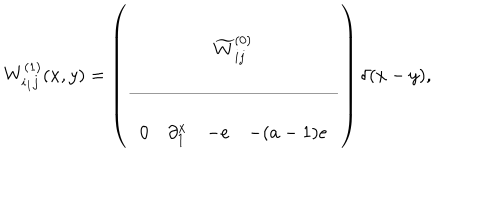
LaTeX: W _ { i _ { 1 } j } ^ { ( 1 ) } ( x , y ) = \left( \begin{array} { c c } { { \widetilde { W } _ { i j } ^ { ( 0 ) } } } \\ \hline { { } } \\ { { \begin{array} { c c c c c } { { 0 } } & { { \partial _ { 1 } ^ { x } } } & { { - e } } & { { - ( a - 1 ) e } } \\ \end{array} } } \\ \end{array} \right) \delta ( x - y ) ,